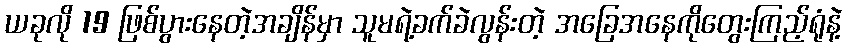
ယခုလို 19 ဖြစ်ပွားနေတဲ့အချိန်မှာ သူမရဲ့ခက်ခဲလွန်းတဲ့ အခြေအနေကိုတွေးကြည့်ရုံနဲ့